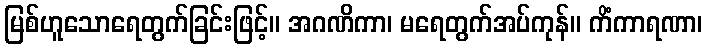
မြစ်ဟူသောရေတွက်ခြင်းဖြင့်။ အဂဏိကာ၊ မရေတွက်အပ်ကုန်။ ကိံကာရဏာ၊